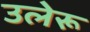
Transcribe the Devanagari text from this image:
उलेरू